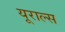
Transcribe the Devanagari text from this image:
यूराल्स